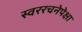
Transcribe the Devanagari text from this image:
स्वररचनेपेक्षा